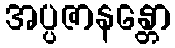
အပ္ပဇာနန္တော